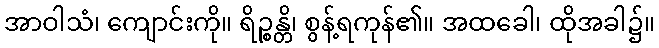
အာဝါသံ၊ ကျောင်းကို။ ရိဉ္စန္တိ၊ စွန့်ရကုန်၏။ အထခေါ၊ ထိုအခါ၌။